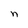
Character: n